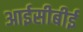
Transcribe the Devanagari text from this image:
आईसीबीई